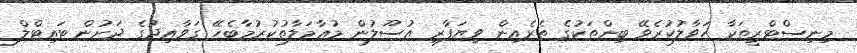
މިނިސްޓްރީތަކާ ހަވާލުކުރެވޭ ބިންތަކުގެ ތެރެއިން ވިޔަފާރި އުސޫލުން މުޢާމަލާތުކުރުމާބެހޭ ގަވާއިދުގެ ދަށުން ޓައިޓްލް